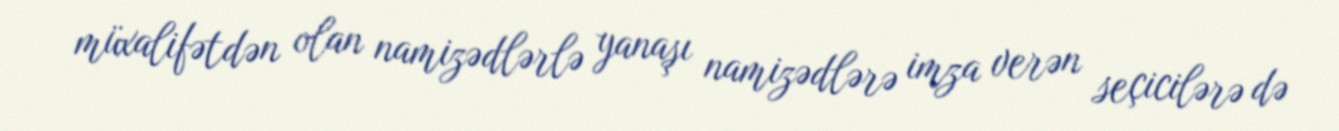
müxalifətdən olan namizədlərlə yanaşı namizədlərə imza verən seçicilərə də